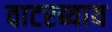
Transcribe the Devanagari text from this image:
वाटरब्याय